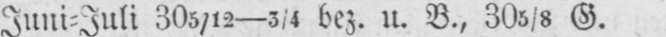
Juni⸗Juli 305/12-3/4 bez. u. B., 305/8 G.